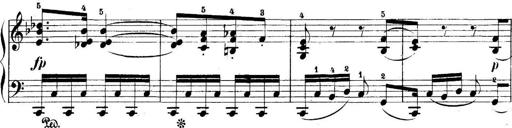
Title: 5 Sonatinas
Composer: Theodor Kirchner